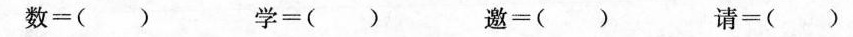
数=() 学=() 邀=() 请=()